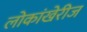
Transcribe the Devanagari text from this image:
लोकांखेरीज